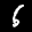
Label: 6